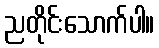
ညတိုင်းသောက်ပါ။